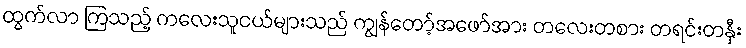
ထွက်လာ ကြသည့် ကလေးသူငယ်များသည် ကျွန်တော့်အဖော်အား တလေးတစား တရင်းတနှီး